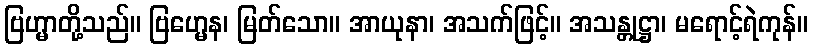
ဗြဟ္မာတို့သည်။ ဗြဟ္မေန၊ မြတ်သော။ အာယုနာ၊ အသက်ဖြင့်။ အသန္တုဋ္ဌာ၊ မရောင့်ရဲကုန်။